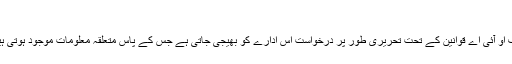
”
ایف او آئی اے قوانین کے تحت تحریری طور پر درخواست اس ادارے کو بھیجی جاتی ہے جس کے پاس متعلقہ معلومات موجود ہوتی ہیں۔